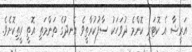
އަރީޝާ އެ ކޮޓަރި ކޮންމެ ދުވަހަކު ސާފުކުރާތީވެ އެނދުގެ ތަންމަތި އޮތީ ރީތިކޮށެވެ.